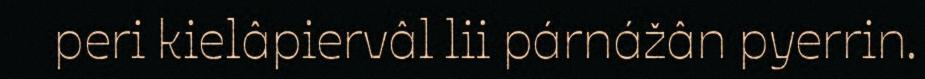
peri kielâpiervâl lii párnážân pyerrin.